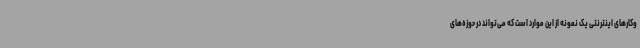
‌وکارهای اینترنتی یک نمونه از این موارد است که می‌تواند در حوزه‌های